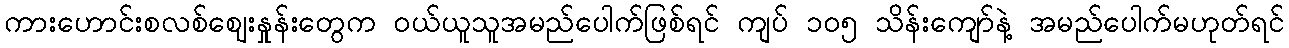
ကားဟောင်းစလစ်ဈေးနှုန်းတွေက ဝယ်ယူသူအမည်ပေါက်ဖြစ်ရင် ကျပ် ၁၀၅ သိန်းကျော်နဲ့ အမည်ပေါက်မဟုတ်ရင်